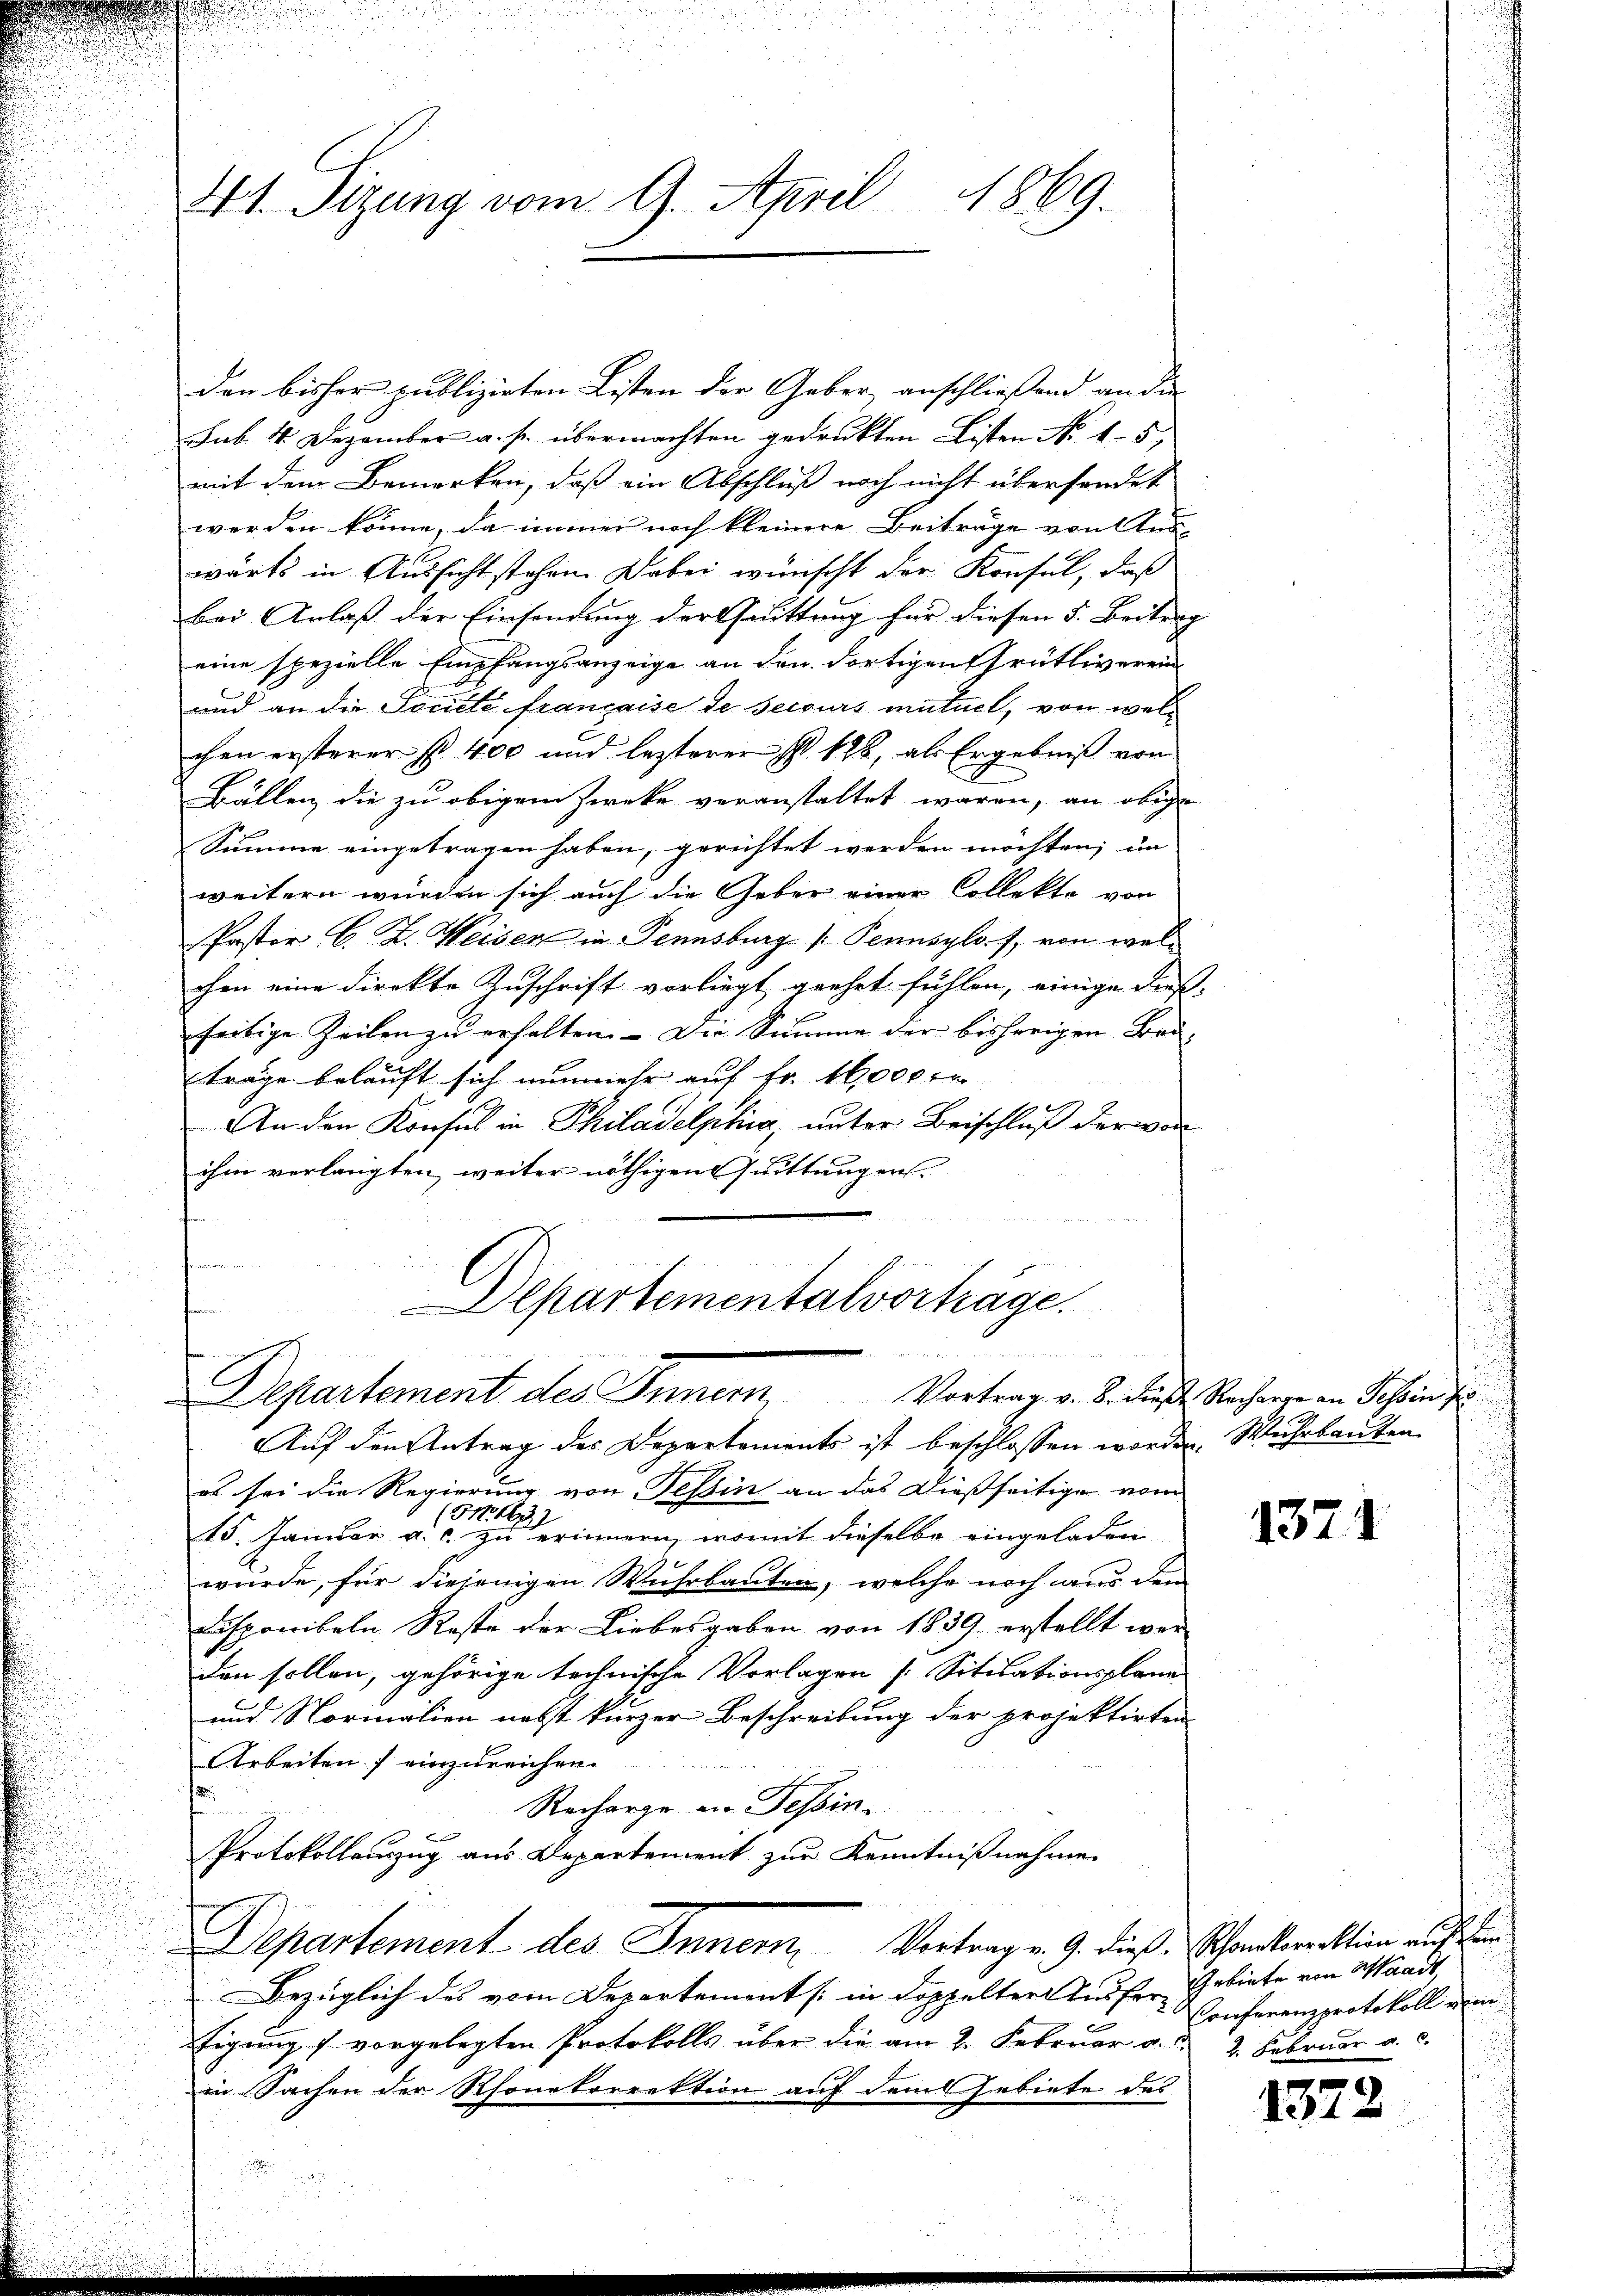
41. Sizung vom 9. April 1869.

den bisher publizirten Listen der Geber anschliessend an die |
Sub. 4. Dezember a. s. übermachten gedruckten Listen No 15
mit dem Bemerken, daß ein Abschluß noch nicht übersendet
werden könne, da immer noch kleinere Beiträge von Ans
wärts in Aussicht stehen. Dabei wünscht der Konsul, daß
bei Anlaß der Einsendung der Quittung für diesen 5. Beitung |
eine spezielle Empfangsanzeige an den dortigen Grütliverein
und an die Société française de secours mutuel, von welchen ersterer § 400 und lezterer I 198, als Ergebniß von
Bällen die zu obigem Zwecke veranstaltet waren, an obige
Summe eingetragen haben, gerichtet werden möchten; in
weitern wurden sich auch die Geber einer Collekte von
Pastor C. Z. Weisen in Tennsburg [Pennsylof, von welchen eine direkte Zuschrift vorliegt geehrt fühlen, einige diese
seitige Zeilen zŭ erhalten. Die Summe der bisherigen Bru-
träge belauft sich nunmehr auf Fr. 16000 fr
An den Konsul in Philadelphia, unter Beischluß der war
ihm verlangten, weiter nöthigen Quittungen.
Separtementalvorträge,
Departement des Innern Vortrag v. 8. dieß Sacher an Schein zu
Auf den Antrag des Departements ist beschlossen worden. Wuhrbauten
es sei die Regierung von Tessin an das dießseitige vor
151. 1631
15. Januar a.c. zu erinnern, womit dieselbe eingeladen
wurde, für diejenigen Wuhrbauten, welche noch aus den
Lusponibeln, Reste der Liebesgaben von 1839 erstellt wer-
den sollen, gehörige technische Vorlagen Situationsplana
und Normalien nebst kurzer Beschreibung der projektirten
Arbeiten einzureichen.
.
Recharge an Tessin
Protokollauszug aus Departement zur Kenntnißnahme
Departement des Innern, Vortrag v. 9. dieß-Schankerektion auf
Bezüglich des vom Departement /: in doppelter Ausfertigung 7 vorgelegten Protokolls über die am 2. Februar a. 2. Februar a. c.
in Sachen der Rhonetorrektion auf dem Gebiete des

1371

Gebiete von Waadt,
Conferenzprotokoll vom

1372